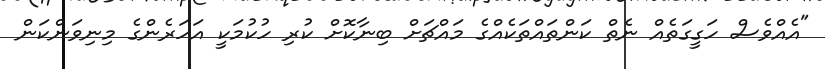
"އެއްވެސް ހަގީގަތެއް ނެތް ކަންތައްތަކެއްގެ މައްޗަށް ބިނާކޮށް ކުރި ހުކުމަކީ އަހަރެންގެ މިނިވަންކަން